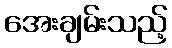
အေးချမ်းသည့်